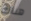
هناك